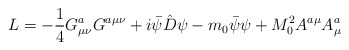
\begin{align*}L=-\frac{1}{4}G^a_{\mu\nu}G^{a\mu\nu}+i\bar\psi\hat D\psi-m_0\bar\psi\psi+M_0^2A^{a\mu}A^a_\mu\end{align*}